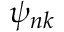
\psi _ { n \boldsymbol { k } }